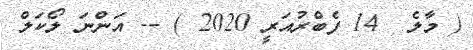
( މާލެ  14 ފެބްރުއަރީ 2020 ) -- އަންނަ ލޯކަލް